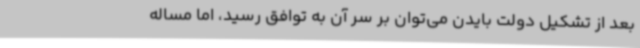
بعد از تشکیل دولت بایدن می‌توان بر سر آن به توافق رسید، اما مساله